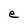
Character: e